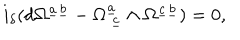
i _ { \delta } ( d \Omega ^ { \underline { { { a } } } \underline { { { b } } } } - \Omega _ { ~ \underline { { { c } } } } ^ { \underline { { { a } } } } \wedge \Omega ^ { \underline { { { c } } } \underline { { { b } } } } ) = 0 ,